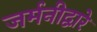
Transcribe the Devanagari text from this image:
जर्मनीद्वारे